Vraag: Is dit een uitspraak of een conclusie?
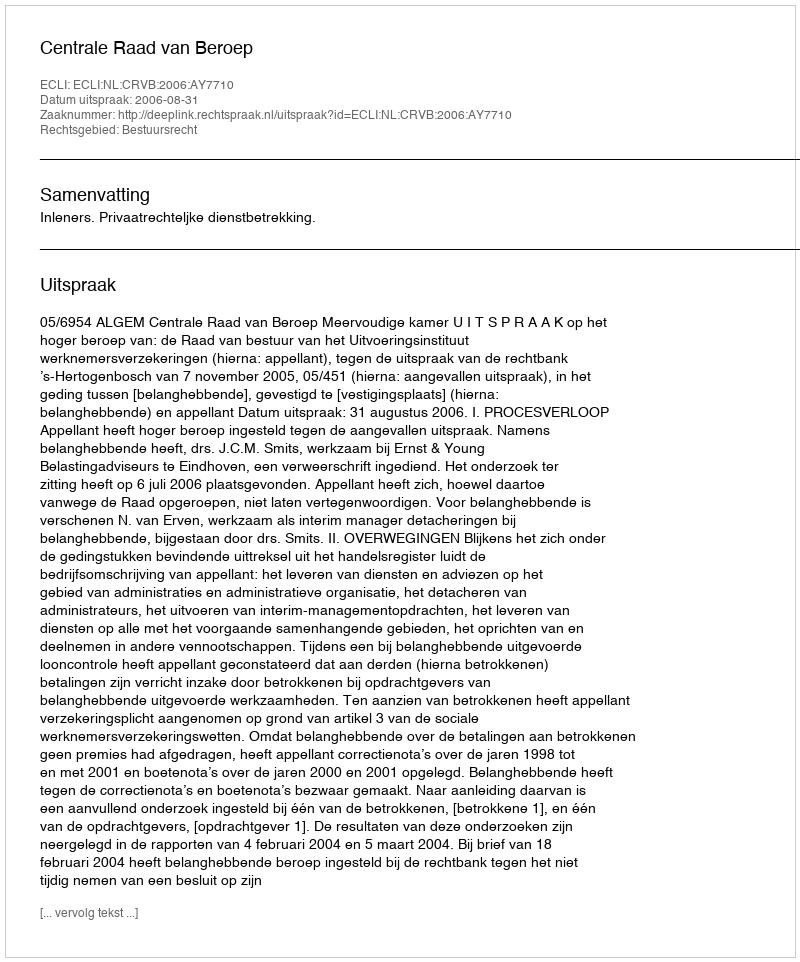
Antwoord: Uitspraak